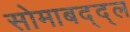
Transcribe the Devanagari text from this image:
सोमाबद्द्ल